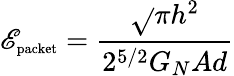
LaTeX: \mathscr{E}_{\textup{{\scriptsize{packet}}}}=\frac{{\sqrt{}{{\pi}}h^{2}}}{{2^{5/2}G_{N}Ad}}